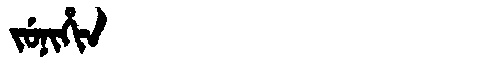
Manchu: ᠵᡠᠨᡳᡥᡳᠨ
Romanization: JUNIHIN